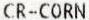
CR-CORN